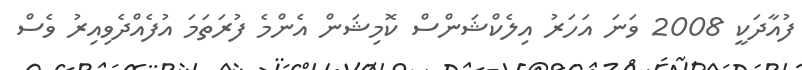
ފުއާދަކީ 2008 ވަނަ އަހަރު އިލެކްޝަންސް ކޮމިޝަން އެންމެ ފުރަތަމަ އުފެއްދެވިއިރު ވެސް